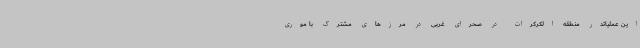
این عملیاتدر منطقه الکرکرات در صحرای غربی در مرزهای مشترک با موری